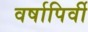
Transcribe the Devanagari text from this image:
वर्षापिर्वी